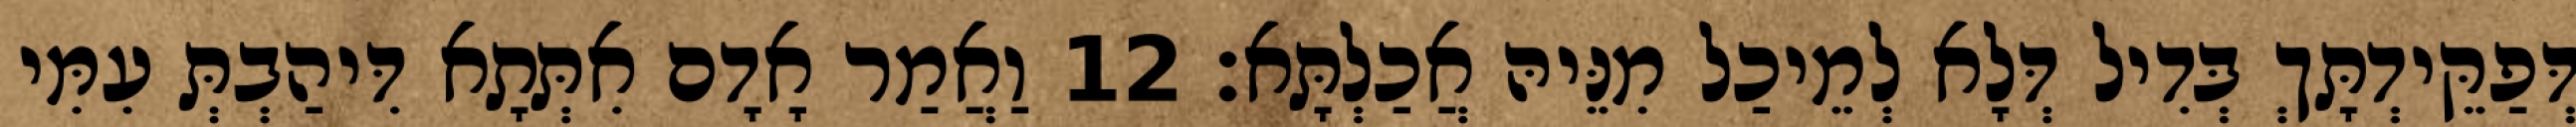
דְּפַקֵּידְתָּךְ בְּדִיל דְּלָא לְמֵיכַל מִנֵּיהּ אֲכַלְתָּא׃ 12 וַאֲמַר אָדָם אִתְּתָא דִּיהַבְתְּ עִמִּי